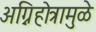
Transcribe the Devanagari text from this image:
अग्निहोत्रामुळे